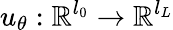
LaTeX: u_{\theta}:\mathbb{R}^{l_{0}}\rightarrow\mathbb{R}^{l_{L}}